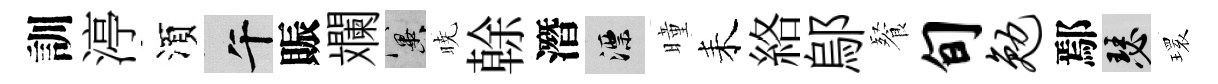
訓渟湏午賑斕冀暁𠏉潛漂曈耒絡鄔餐旬勉鄢瑟𤨔